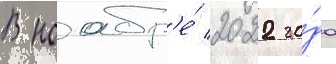
В ноабр'е́ 2022 го́да